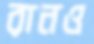
রানও